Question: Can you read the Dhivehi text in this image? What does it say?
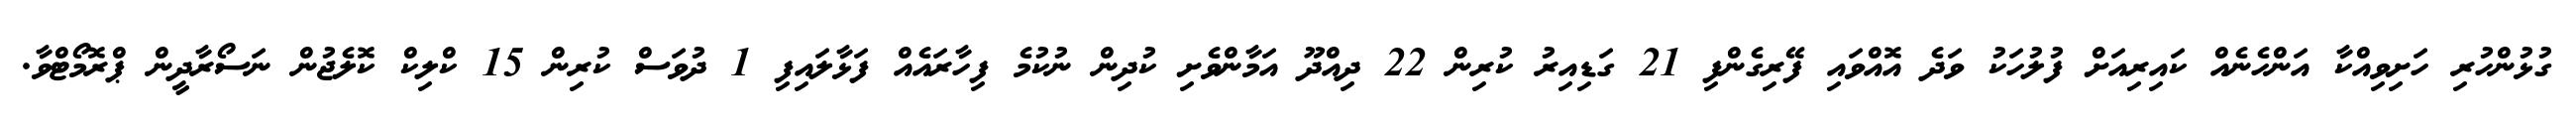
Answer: ގުޅުންހުރި ހަށިވިއްކާ އަންހެނެއް ކައިރިއަށް ފުލުހަކު ވަދެ އޮއްވައި ފޭރިގެންފި 21 ގަޑިއިރު ކުރިން 22 ދިއްދޫ އަމާންވެށި ކުދިން ނުކުމެ ފިހާރައެއް ފަޅާލައިފި 1 ދުވަސް ކުރިން 15 ކްލިކް ކޮލެޖުން ނަސޯރާދީން ޕްރޮމޯޓްވާ.